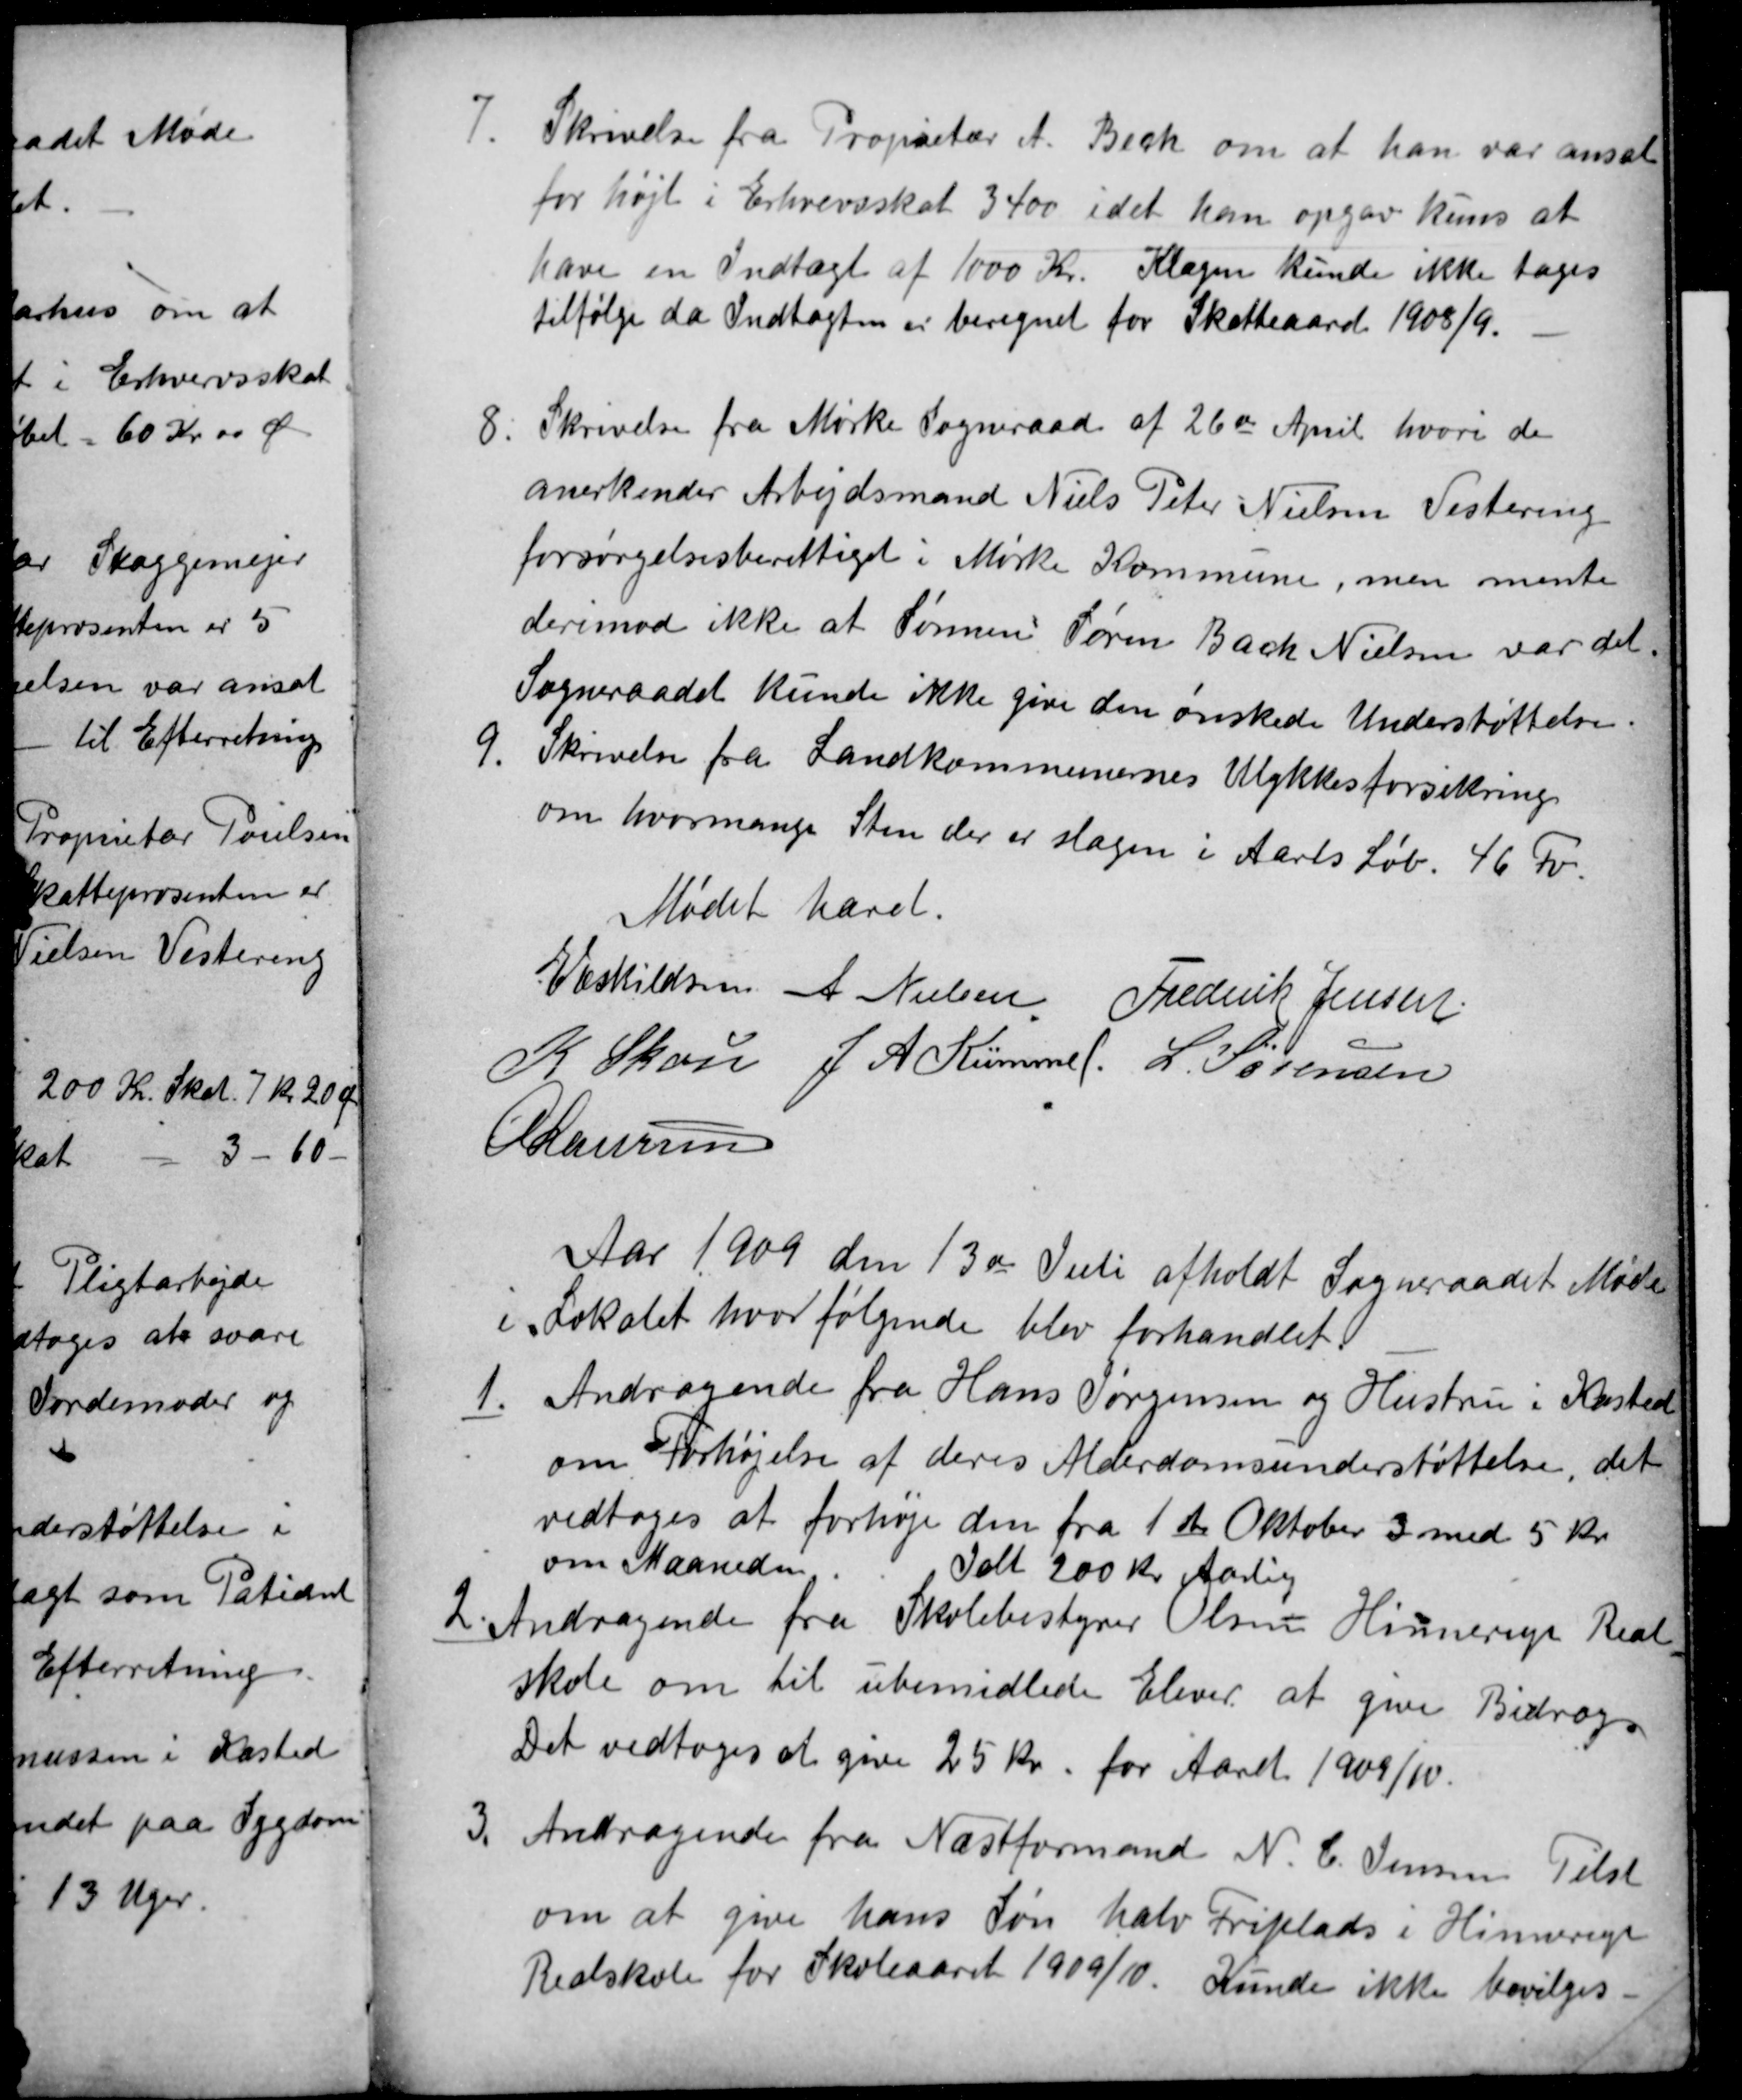
Transskription:
7.
Skrivelse fra Propietær A. Bech om at han var ansat
for højt i Erhvervsskat 3400 idet han opgav kuns at
have en Indtægt af 1000 Kr. Klagen kunde ikke tages
tilfølge da Indtægten er beregnet for Skatteaaret 1908/9.
8
Skrivelse fra Mørke Sogneraad af 26de April hvori de
anerkender Arbejdsmand Niels Peter Nielsen Vestereng
forsørgelsesberettiget i Mørke Kommune, men mente
derimod ikke at Sønnen Søren Bach Nielsen var det.
Sogneraadet kunde ikke give den ønskede Understøttelse.
9.
Skrivelse fra Landkommunernes Ulykkesforsikring
om hvormange Sten der er slagen i Aarets Løb. 46 Fv.
Mødet hævet.
E Eskildsen A Nielsen Frederik Jensen
K Skou J A Kümmel. L. Sørensen
A Laursen
Aar 1909 den 13de Juli afholdt Sogneraadet Møde
i Lokalet hvor følgende blev forhandlet
1.
Andragende fra Hans Jørgensen og Hustru i Kasted
om Forhøjelse af deres Alderdomsunderstøttelse, det
vedtoges at forhøje den fra 1ste Oktober 3 med 5 Kr
om Maaneden. Ialt 200 Kr Aarlig
2. Andragende fra Skolebestyrer Olsen Hinnerup Real
skole om til ubemidlede Elever at give Bidrag
Det vedtoges at give 25 kr. for Aaret 1909/10.
3.
Andragende fra Næstformand N. C. Jensen Tilst
om at give hans Søn halv Friplads i Hinnerup
Realskole for Skoleaaret 1909/10. Kunde ikke bevilges